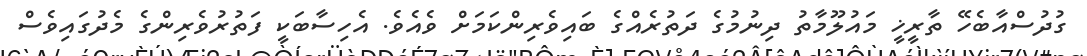
ގުދުސްއާބެހޭ ތާރީޚީ މައުލޫމާތު ދިނުމުގެ ދަތުރެއްގެ ބައިވެރިންކަމަށް ވެއެވެ. އެހިސާބަކީ ފަތުރުވެރިންގެ މެދުގައިވެސް